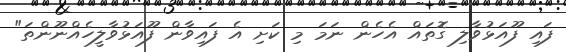
ފައި ފޫއަޅުވާލި ގޮތައް އެހެން ނަމަ މި ކަށި އެ ފައިވާން ފޫއަޅުވާލީހެއްނޫންތަ"